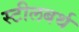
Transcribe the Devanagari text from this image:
स्टीलबर्थ